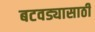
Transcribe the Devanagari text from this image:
बटवड्यासाठी